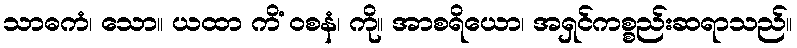
သာဓကံ၊ သော။ ယထာ ကိံ ဝစနံ၊ ကို။ အာစရိယော၊ အရှင်ကစ္စည်းဆရာသည်။